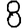
Digit: 8